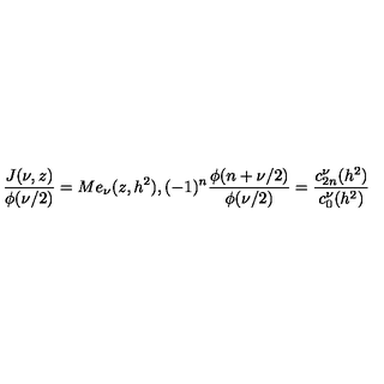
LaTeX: \frac { J ( \nu , z ) } { \phi ( \nu / 2 ) } = M e _ { \nu } ( z , h ^ { 2 } ) , ( - 1 ) ^ { n } \frac { \phi ( n + \nu / 2 ) } { \phi ( \nu / 2 ) } = \frac { c _ { 2 n } ^ { \nu } ( h ^ { 2 } ) } { c _ { 0 } ^ { \nu } ( h ^ { 2 } ) }